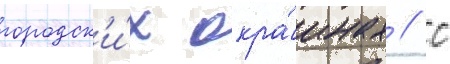
городск'и́х окра́инах // С